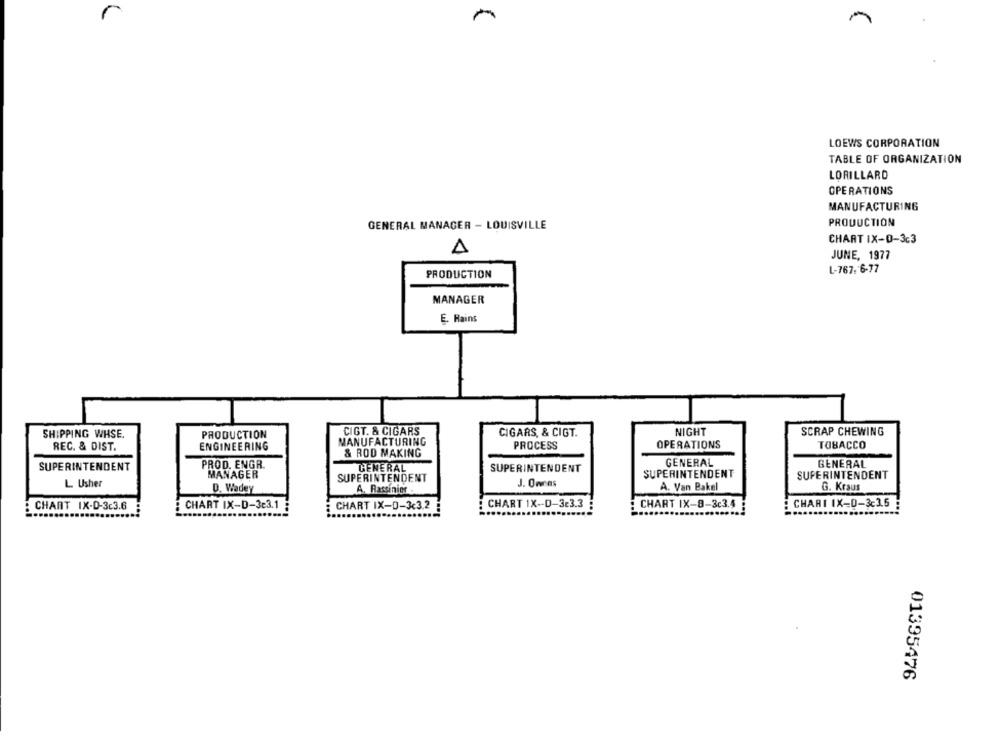
M
LOEWS CORPORATION
TABLE OF ORGANIZATION
LORILLARD
OPERATIONS
MANUFACTURING
PRODUCTION
GENERAL MANAGER - LOUISVILLE
CHART IX-D-3c3
JUNE, 1977
PRODUCTION
L-767. 6-77
MANAGER
E. Rains
CIGT. & CIGARS
NIGHT
SCRAP CHEWING
SHIPPING WHSE.
PRODUCTION
CIGARS, & CIGT.
REC. & DIST.
ENGINEERING
MANUFACTURING
PROCESS
OPERATIONS
TOBACCO
& ROD MAKING
SUPERINTENDENT
PROD. ENGR.
GENERAL
SUPERINTENDENT
GENERAL
GENERAL
MANAGER
SUPERINTENDENT
SUPERINTENDENT
L Usher
SUPERINTENDENT
J. Omcas
D. Wadey
A. Rassinier
A. Van Bakel
G. Kraus
CHART 1X -- D-3c3.3
CHART IX-8-3c3.4
CHARI IX-D-3c3.5
CHART IX-D-3c3.6
CHART IX-D-3e3.1
CHART IX-D-3<3.2
01395476